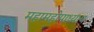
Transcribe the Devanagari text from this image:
महामहोपाध्‍याय